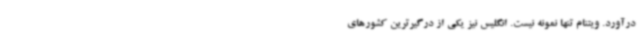
درآورد. ویتنام تنها نمونه نیست. انگلیس نیز یکی از درگیرترین کشورهای